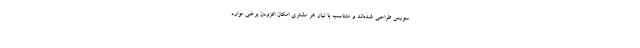
سورس طراحی شده‌اند و متناسب با نیاز هر مشتری امکان افزودن برخی موارد